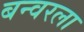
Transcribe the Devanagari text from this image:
बन्वरला